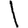
Digit: 1